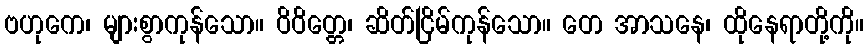
ဗဟုကေ၊ များစွာကုန်သော။ ဝိဝိတ္တေ၊ ဆိတ်ငြိမ်ကုန်သော။ တေ အာသနေ၊ ထိုနေရာတို့ကို။